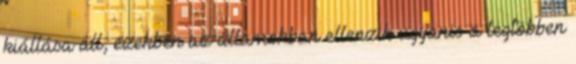
kiállása áll, ezekben az államokban ellenzik ugyanis a legtöbben